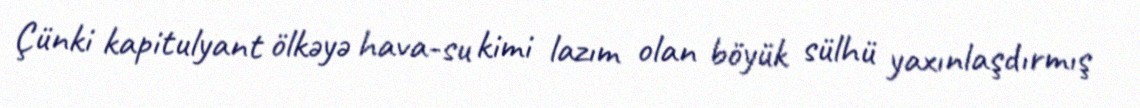
Çünki kapitulyant ölkəyə hava-su kimi lazım olan böyük sülhü yaxınlaşdırmış